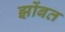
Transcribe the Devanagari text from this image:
झोंबत